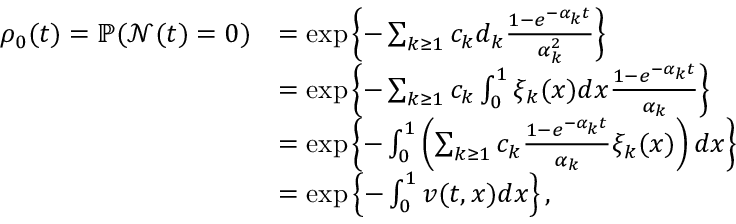
\begin{array} { r l } { \rho _ { 0 } ( t ) = \mathbb { P } ( \mathcal { N } ( t ) = 0 ) } & { = \exp \left\{ - \sum _ { k \geq 1 } c _ { k } d _ { k } \frac { 1 - e ^ { - \alpha _ { k } t } } { \alpha _ { k } ^ { 2 } } \right\} } \\ & { = \exp \left\{ - \sum _ { k \geq 1 } c _ { k } \int _ { 0 } ^ { 1 } \xi _ { k } ( x ) d x \frac { 1 - e ^ { - \alpha _ { k } t } } { \alpha _ { k } } \right\} } \\ & { = \exp \left\{ - \int _ { 0 } ^ { 1 } \left( \sum _ { k \geq 1 } c _ { k } \frac { 1 - e ^ { - \alpha _ { k } t } } { \alpha _ { k } } \xi _ { k } ( x ) \right) d x \right\} } \\ & { = \exp \left\{ - \int _ { 0 } ^ { 1 } v ( t , x ) d x \right\} , } \end{array}